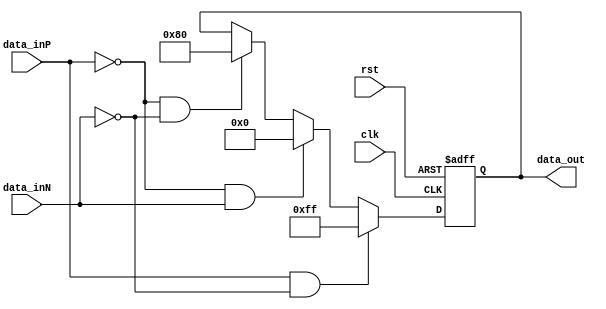
module change(rst,data_inP,data_inN,data_out,clk);

//PNDAC
input rst,clk,data_inP,data_inN;
output [7:0]data_out;
reg [7:0]data_out;

always@(posedge clk or negedge rst)    begin
    if(!rst)
        data_out <= 8'b10000000;
    else if(data_inP == 1 && data_inN == 0) begin        //PN=10HFF
        data_out <= 8'b11111111;
    end
    else if(data_inP == 0 && data_inN ==1) begin        //PN=01H00
        data_out <= 8'b00000000;
    end
    else if(data_inP == 0 && data_inN ==0) begin        //PN=00H80
        data_out <= 8'b10000000;
    end
end

endmodule